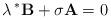
LaTeX: \begin{align*}\lambda\, ^{*}\mathbf{B}+ \sigma\mathbf{A}=0\end{align*}